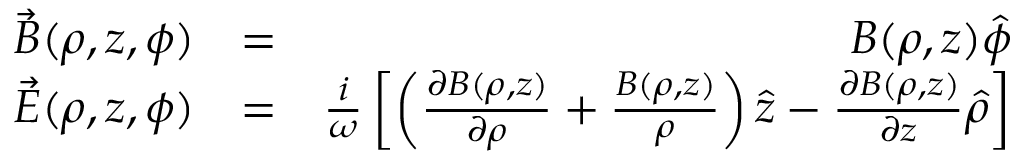
\begin{array} { r l r } { \vec { B } ( \rho , z , \phi ) } & { = } & { B ( \rho , z ) \hat { \phi } } \\ { \vec { E } ( \rho , z , \phi ) } & { = } & { { \frac { i } { \omega } } \left[ \left( { \frac { \partial B ( \rho , z ) } { \partial \rho } } + { \frac { B ( \rho , z ) } { \rho } } \right) \hat { z } - { \frac { \partial B ( \rho , z ) } { \partial z } } \hat { \rho } \right] } \end{array}